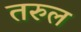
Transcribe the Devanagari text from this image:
तरुल